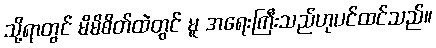
သို့ရာတွင် မိမိစိတ်ထဲတွင် မူ အရေးကြီးသည်ဟုပင်ထင်သည်။